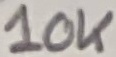
Text: 10K